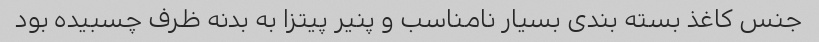
جنس کاغذ بسته بندی بسیار نامناسب و پنیر پیتزا به بدنه ظرف چسبیده بود